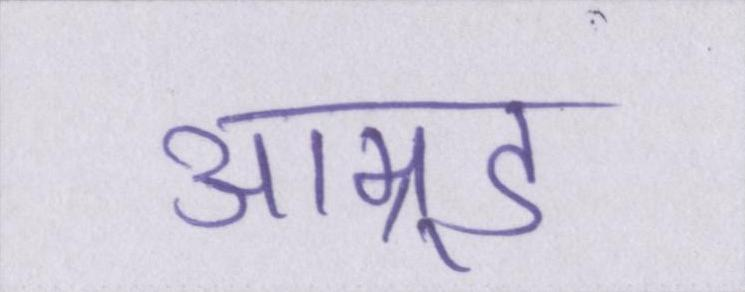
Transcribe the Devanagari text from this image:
आम्र्ड